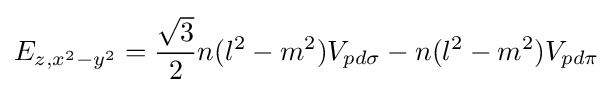
E_{z,x^{2}-y^{2}}={\frac {\sqrt {3}}{2}}n(l^{2}-m^{2})V_{pd\sigma }-n(l^{2}-m^{2})V_{pd\pi }